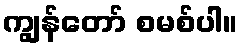
ကျွန်တော် စမစ်ပါ။